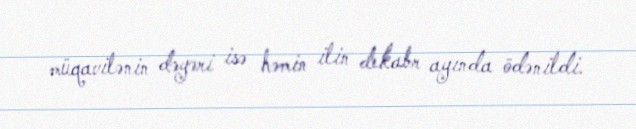
müqavilənin dəyəri isə həmin ilin dekabr ayında ödənildi.